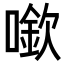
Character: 𠾬